65_HS1-834228961_62-HQ-83894_Serial_130
Agency: FBI
Page 52
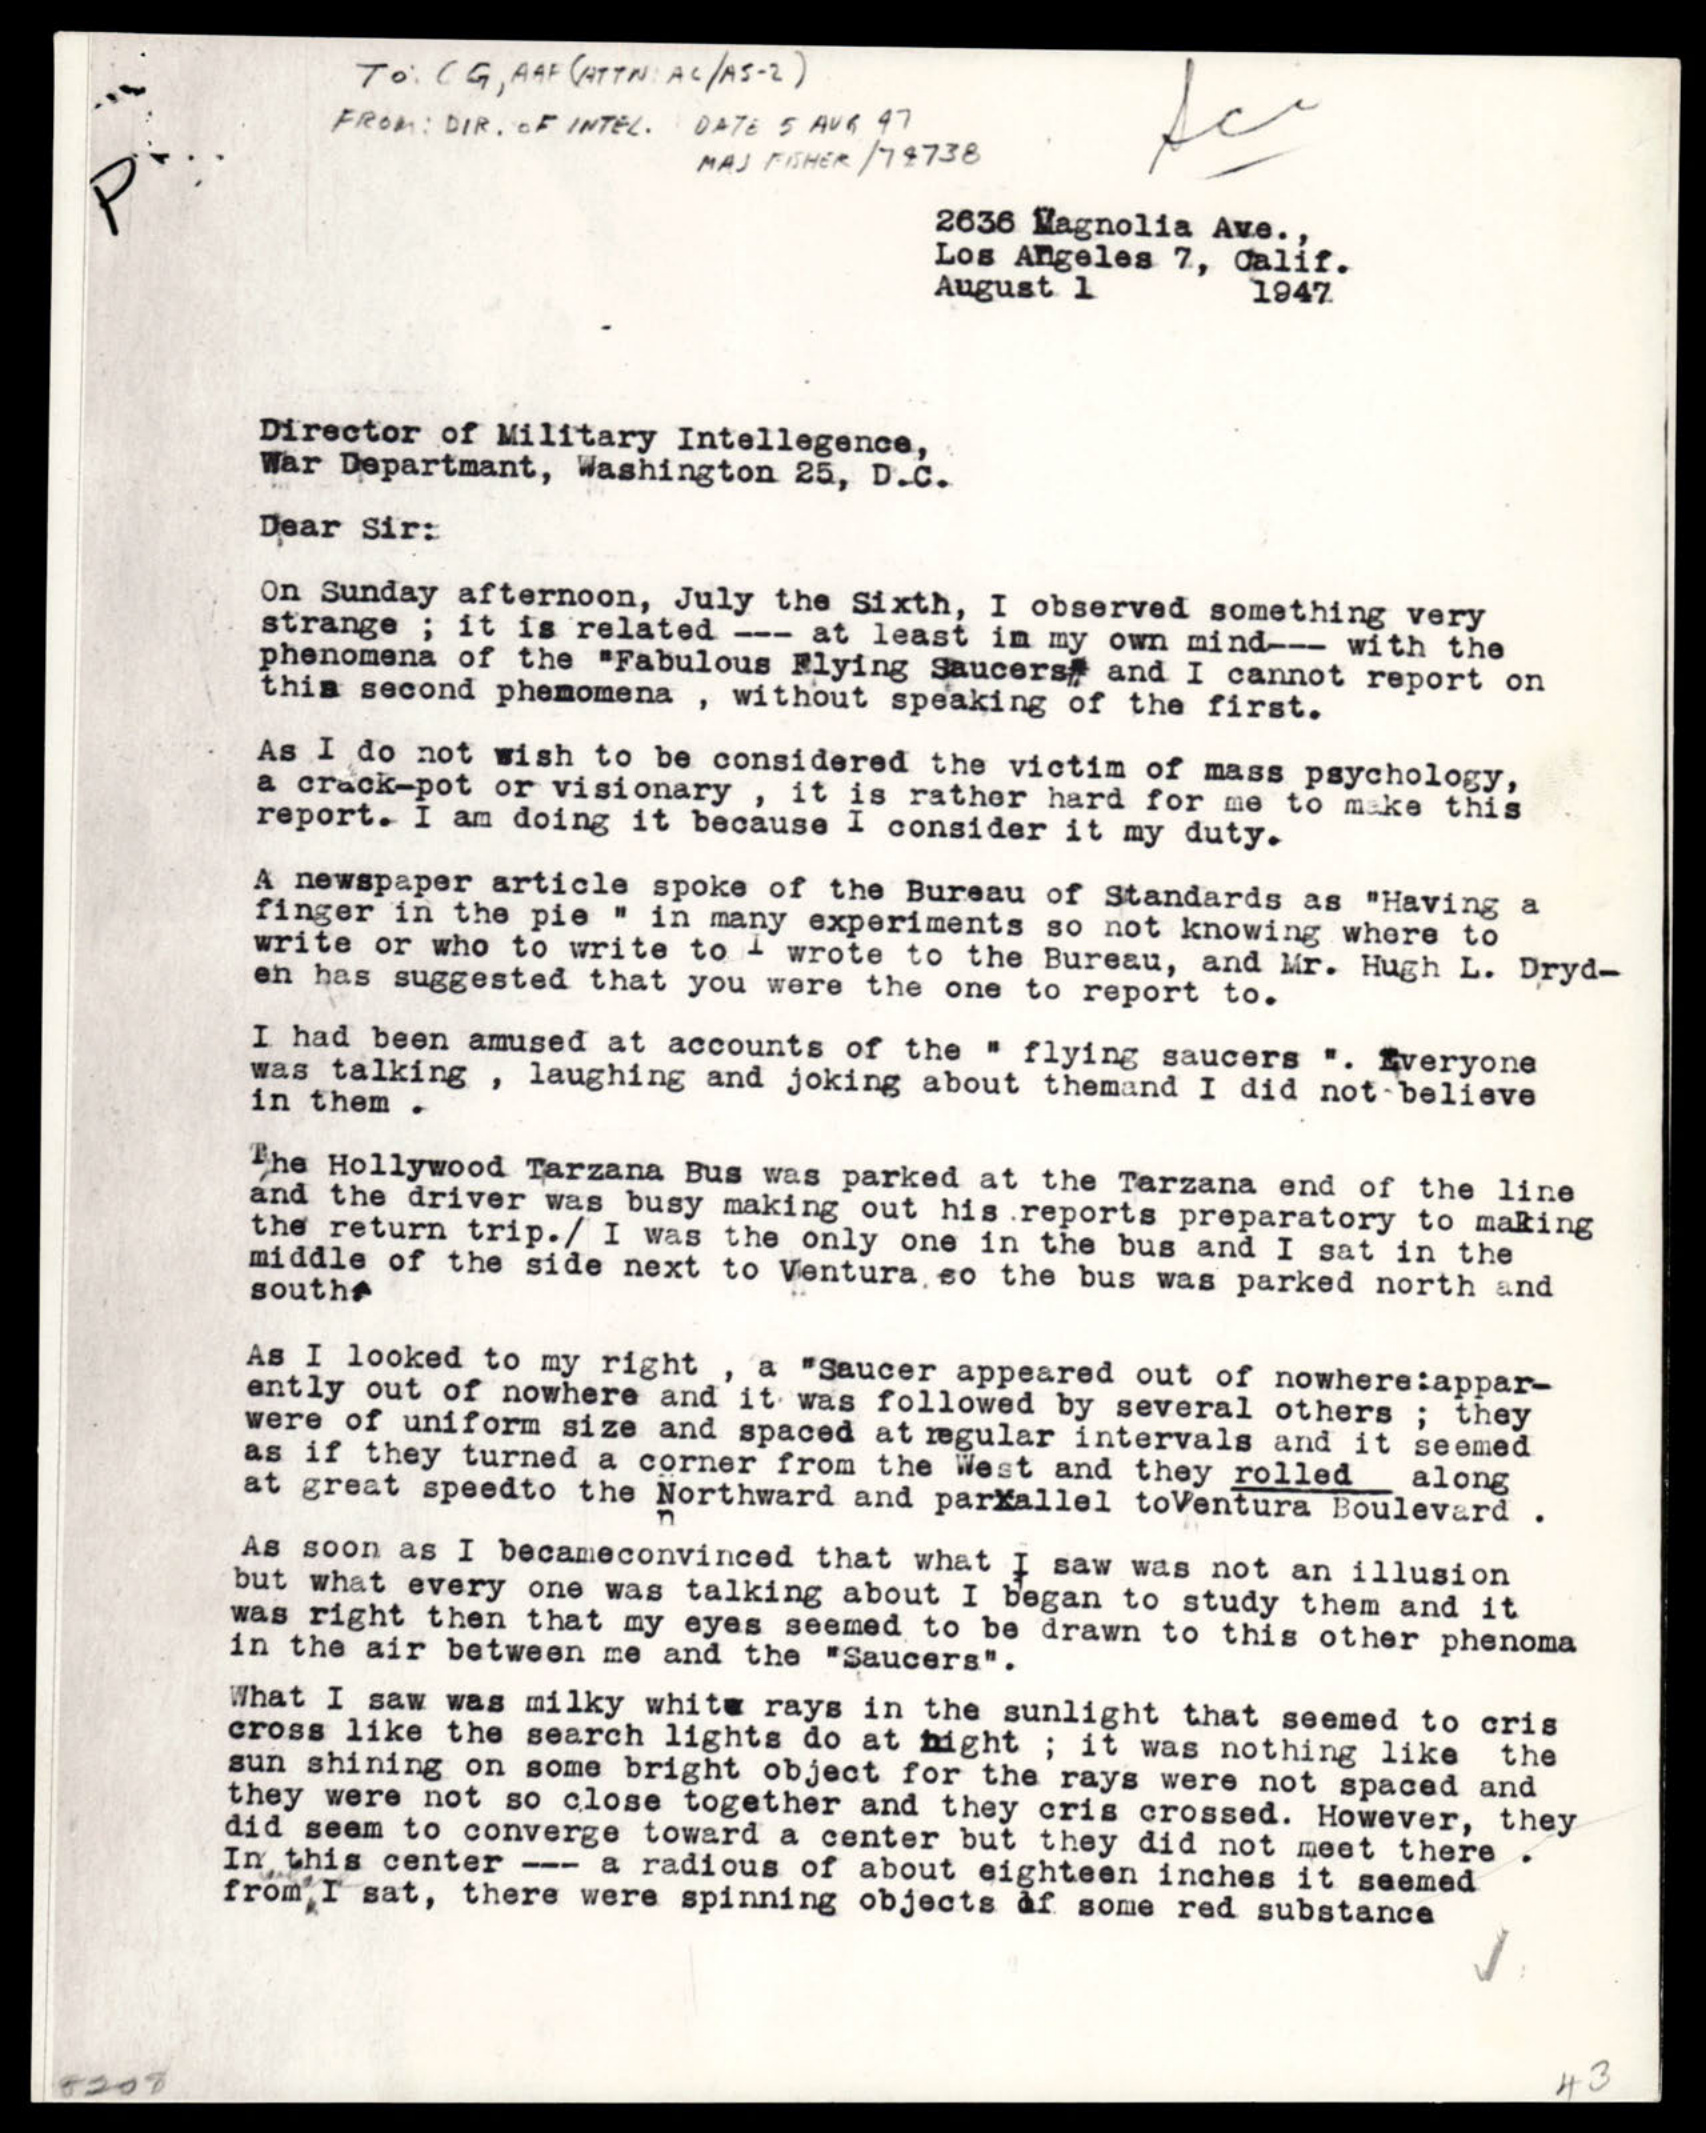